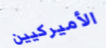
الأميركيين